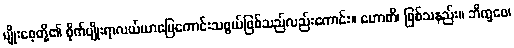
မျိုးစေ့တို့၏ စိုက်ပျိုးရာလယ်ယာမြေကောင်းသဖွယ်ဖြစ်သည်လည်းကောင်း။ ဟောတိ၊ ဖြစ်သနည်း။ ဘိက္ခဝေ၊